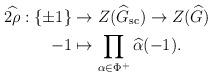
LaTeX: \begin{align*}\begin{aligned}\widehat{2\rho}:\{\pm 1\}&\rightarrow Z(\widehat{G}_{\mathrm{sc}})\rightarrow Z(\widehat{G})\\-1&\mapsto \prod_{\alpha\in \Phi^{+}}\widehat{\alpha}(-1).\end{aligned}\end{align*}